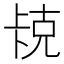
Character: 𫧱